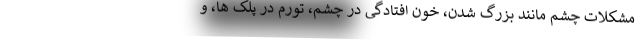
مشکلات چشم مانند بزرگ شدن، خون افتادگی در چشم، تورم در پلک ها، و